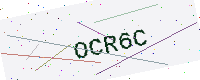
Text: OCR6C